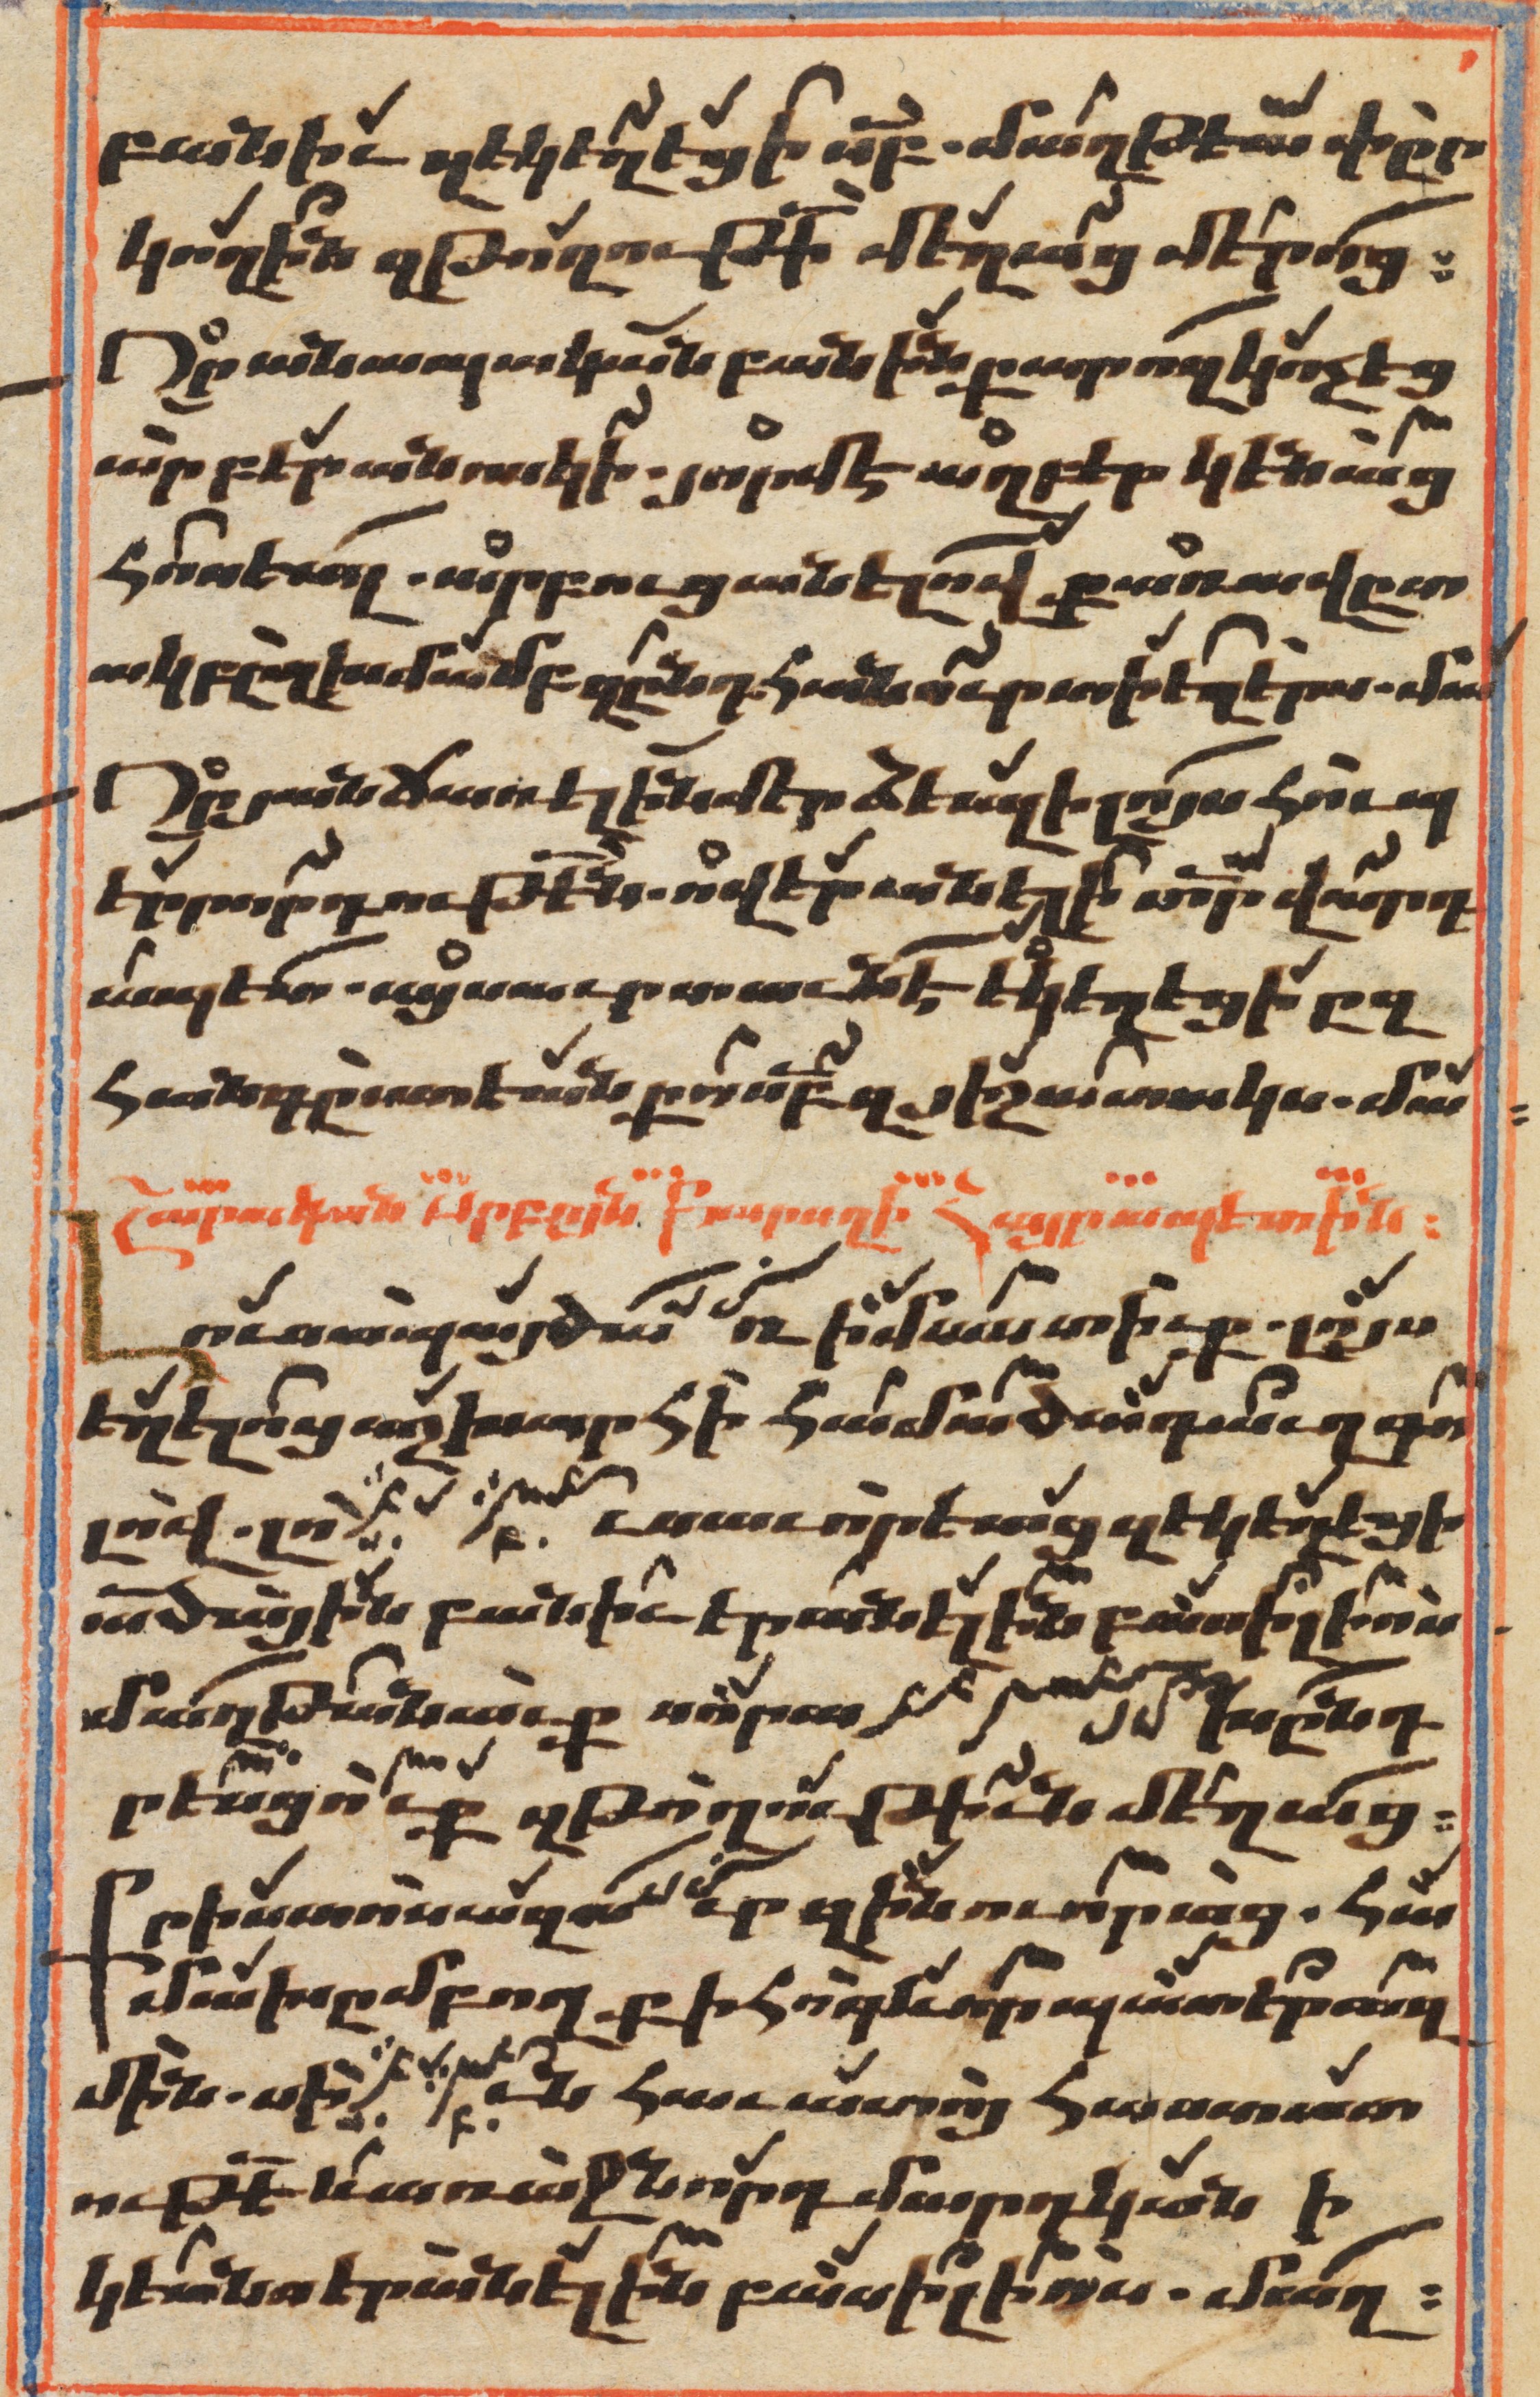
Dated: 1647–1647